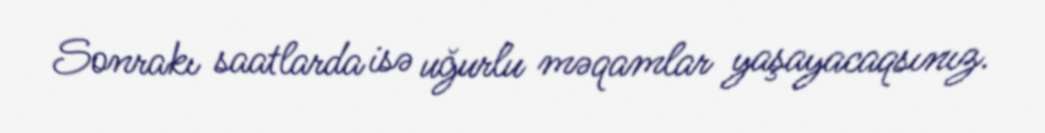
Sonrakı saatlarda isə uğurlu məqamlar yaşayacaqsınız.